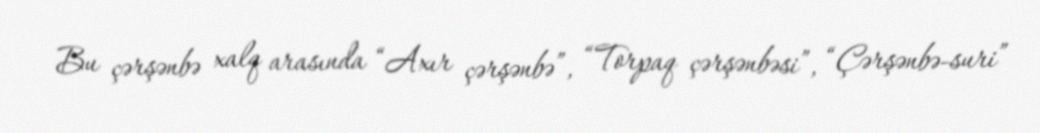
Bu çərşənbə xalq arasında “Axır çərşənbə”, “Torpaq çərşənbəsi”, “Çərşənbə-suri”